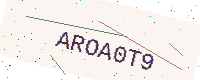
Text: AROA0T9